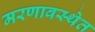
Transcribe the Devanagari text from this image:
मरणावस्थेत